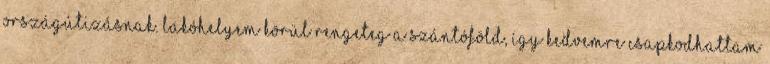
országútizásnak. Lakóhelyem körül rengeteg a szántóföld, így kedvemre csapkodhattam